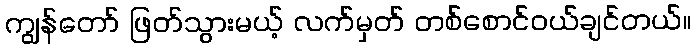
ကျွန်တော် ဖြတ်သွားမယ့် လက်မှတ် တစ်စောင်ဝယ်ချင်တယ်။